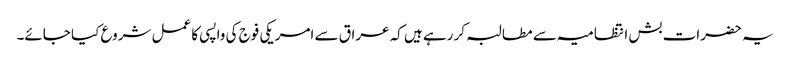
یہ حضرات بش انتظامیہ سے مطالبہ کر رہے ہیں کہ عراق سے امریکی فوج کی واپسی کا عمل شروع کیا جائے۔